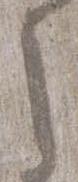
之